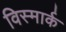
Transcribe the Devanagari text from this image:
विस्मार्क